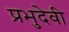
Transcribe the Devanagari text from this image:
प्रभुदेवी